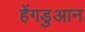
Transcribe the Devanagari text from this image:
हेंगडुआन